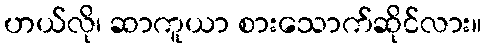
ဟယ်လို၊ ဆာကူယာ စားသောက်ဆိုင်လား။